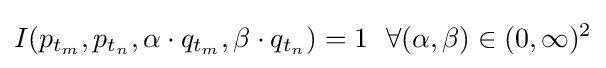
I(p_{t_{m}},p_{t_{n}},\alpha \cdot q_{t_{m}},\beta \cdot q_{t_{n}})=1~~\forall (\alpha ,\beta )\in (0,\infty )^{2}